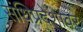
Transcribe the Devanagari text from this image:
संधिप्रदेशावर